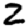
Digit: 2